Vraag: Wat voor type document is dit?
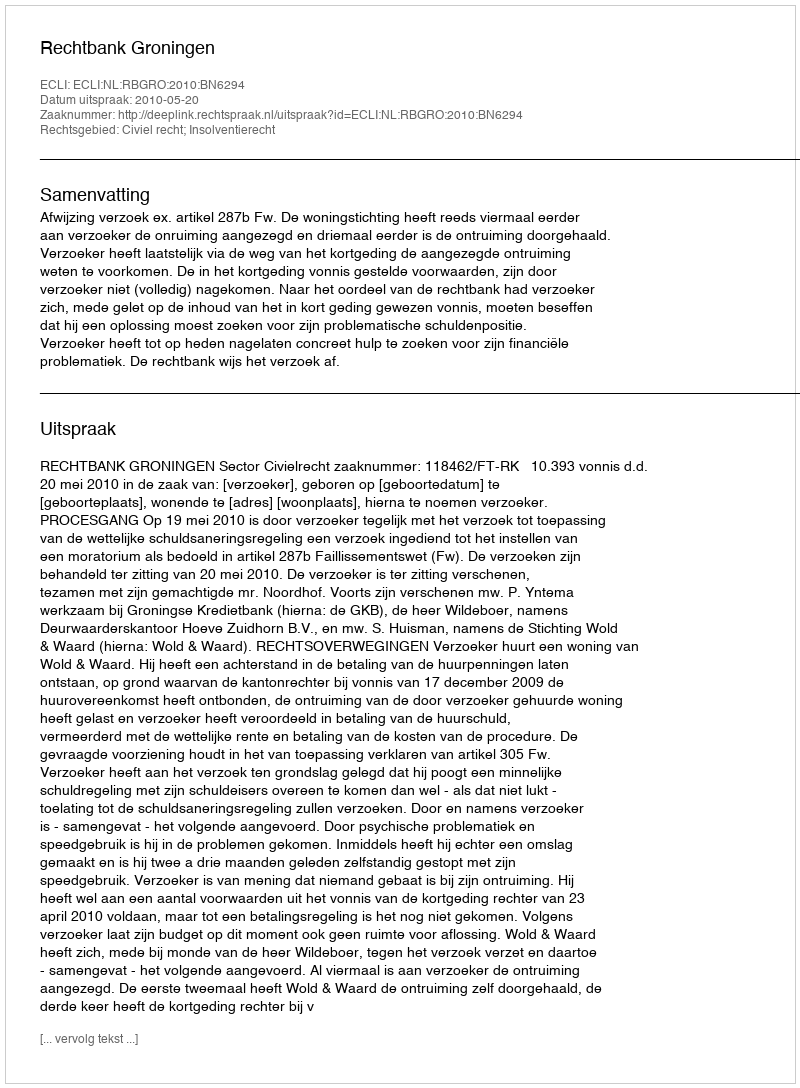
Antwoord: Uitspraak